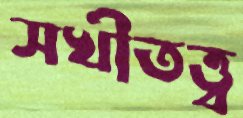
সখীতত্ত্ব